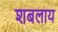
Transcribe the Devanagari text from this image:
शबलाय